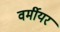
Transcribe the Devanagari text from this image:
वर्मीयर